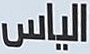
الياس